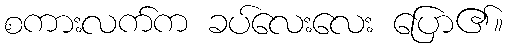
စကားလက်က ခပ်လေးလေး ပြော၏။